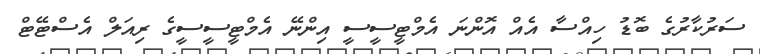
ސަރުކާރުގެ ބޮޑު ހިއްސާ އެއް އޮންނަ އެމްޓީސީސީ އިންނޭ އެމްޓީސީސީގެ ރިއަލް އެސްޓޭޓް